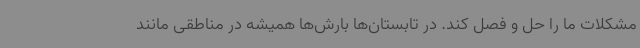
مشکلات ما را حل و فصل کند. در تابستان‌ها بارش‌ها همیشه در مناطقی مانند